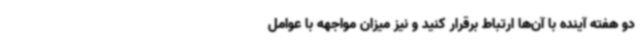
دو هفته آینده با آن‌ها ارتباط برقرار کنید و نیز میزان مواجهه با عوامل